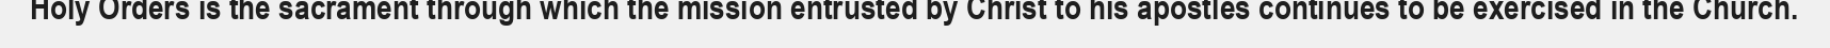
Holy Orders is the sacrament through which the mission entrusted by Christ to his apostles continues to be exercised in the Church.